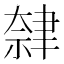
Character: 𫆕